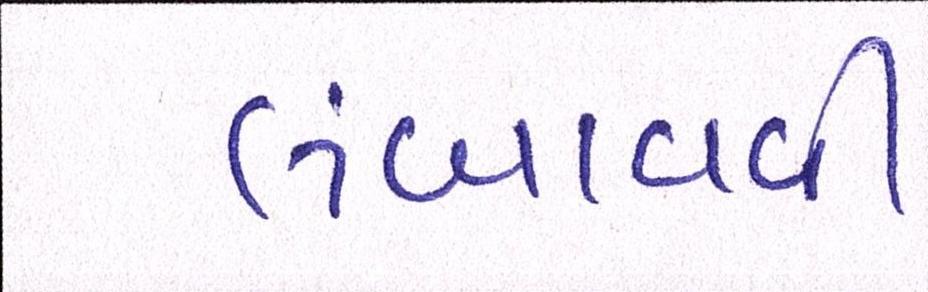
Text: લંબાવવી